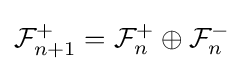
{\mathcal {F}}_{n+1}^{+}={\mathcal {F}}_{n}^{+}\oplus {\mathcal {F}}_{n}^{-}